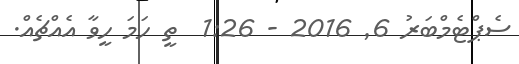
ސެޕްޓެމްބަރު 6